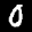
Label: 0